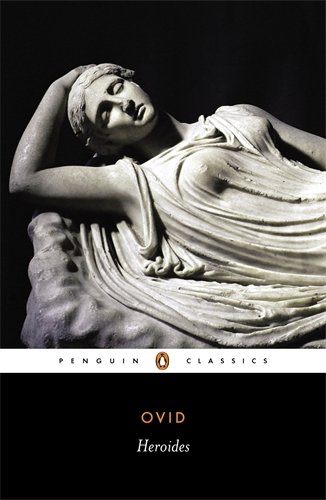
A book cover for Heroides (Penguin Classics); Ovid; Literature & Fiction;